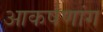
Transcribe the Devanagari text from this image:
आकर्षणांग